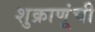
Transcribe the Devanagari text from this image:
शुक्राणूंची